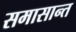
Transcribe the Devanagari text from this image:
समासान्त